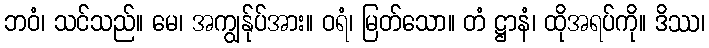
ဘဝံ၊ သင်သည်။ မေ၊ အကျွန်ုပ်အား။ ဝရံ၊ မြတ်သော။ တံ ဋ္ဌာနံ၊ ထိုအရပ်ကို။ ဒိဿ၊